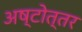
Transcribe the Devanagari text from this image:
अष्टोत्तर